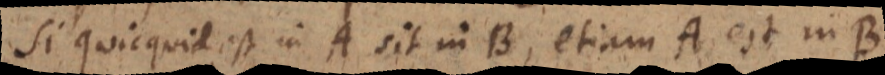
Si quicquid est in A sit in B, etiam A est in B